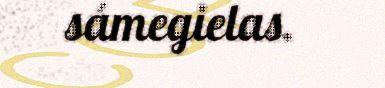
sámegielas.